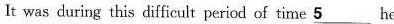
It was during this difficult period of time \underline{5}he